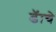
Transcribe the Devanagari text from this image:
ढॅाचे